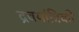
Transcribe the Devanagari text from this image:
द्रवयांत्रिकी